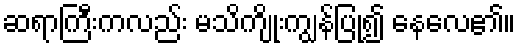
ဆရာကြီးကလည်း မသိကျိုးကျွန်ပြု၍ နေလေ၏။